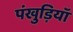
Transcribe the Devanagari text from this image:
पंखुड़ियॉ